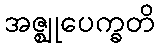
အဇ္ဈုပေက္ခတိ